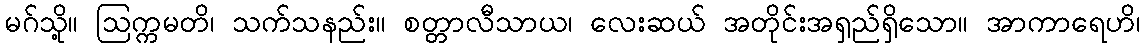
မဂ်သို့။ ဩက္ကမတိ၊ သက်သနည်း။ စတ္တာလီသာယ၊ လေးဆယ် အတိုင်းအရှည်ရှိသော။ အာကာရေဟိ၊